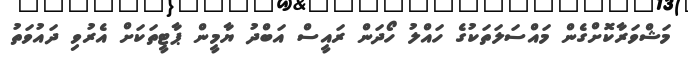
މަޝްވަރާކޮށްގެން މައްސަލަތަކުގެ ހައްލު ހޯދަން ރައީސް އަބްދު ޔާމީން ޕާޓީތަކަށް އެރުވި ދައުވަތު